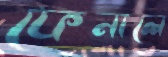
ফেনালে